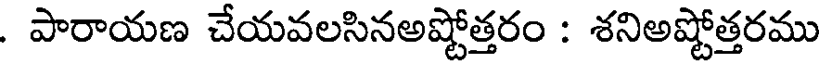
. పారాయణ చేయవలసినఅష్టోత్తరం : శనిఅష్టోత్తరము